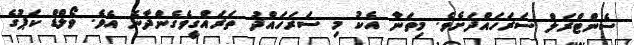
ސެންޓްރަލް ސަރަހައްދަށެވެ. މިތަނާ އެކު މި ސަރަހައްދު ތަރައްގީވެގެންދާނެ އެވެ. ވޯލްޑް ކަޕުގެ